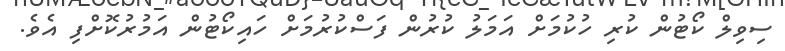
ސިވިލް ކޯޓުން ކުރި ހުކުމަށް އަމަލު ކުރުން ފަސްކުރުމަށް ހައިކޯޓުން އަމުރުކޮށްފި އެވެ.